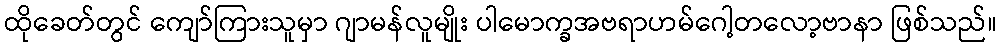
ထိုခေတ်တွင် ကျော်ကြားသူမှာ ဂျာမန်လူမျိုး ပါမောက္ခအဗရာဟမ်ဂေါ့တလော့ဗာနာ ဖြစ်သည်။